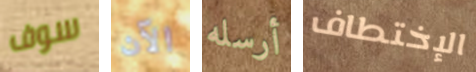
سوف الآن أرسله الإختطاف